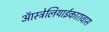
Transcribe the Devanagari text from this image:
ऑस्ट्रेलियाईकारावास